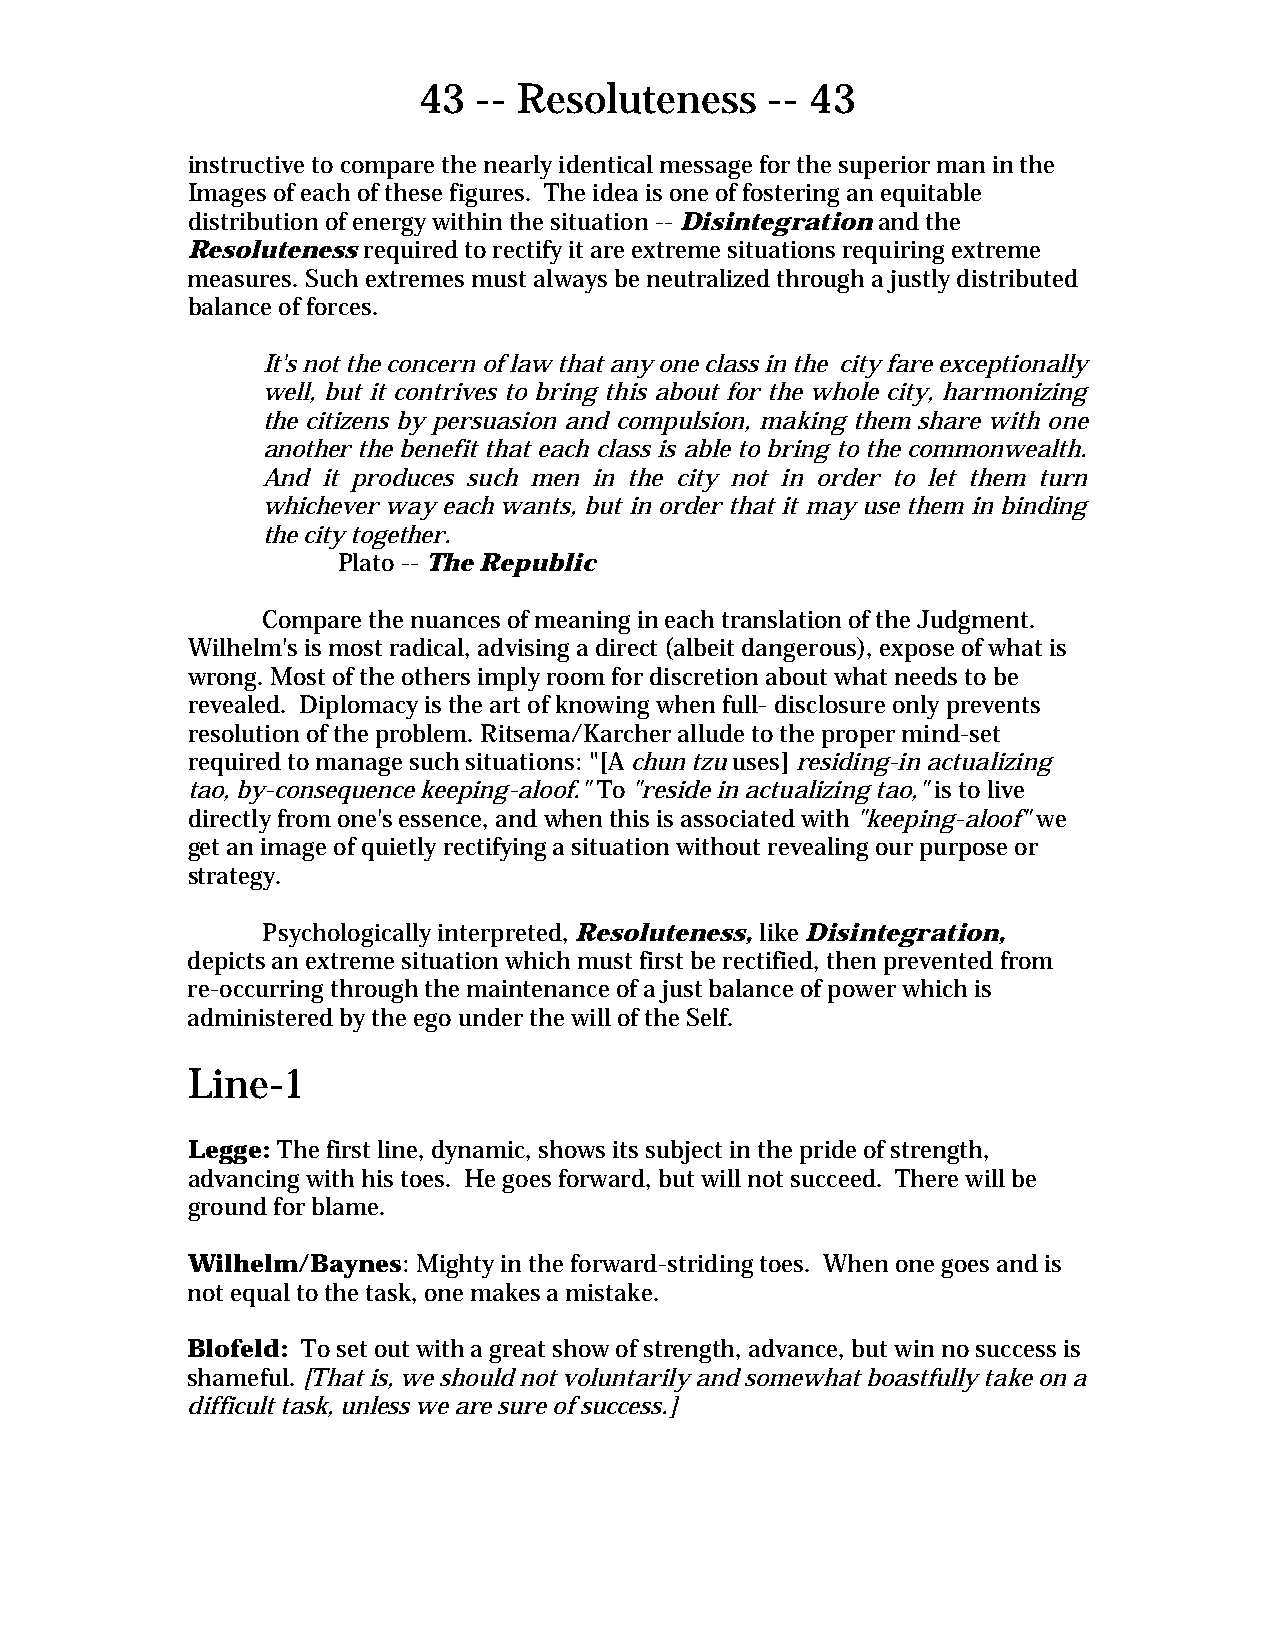
43  -- Resoluteness    -- 43
 instructive to compare the nearly identical message for the superior man in the
 Images of each of these figures. The idea is one of fostering an equitable
 distribution of energy within the situation -- Disintegration and the
 Resoluteness required to rectify it are extreme situations requiring extreme
 measures. Such extremes must always be neutralized through a justly distributed
 balance of forces.
 It's not the concern of law that any one class in the city fare exceptionally
 well, but it contrives to bring this about for the whole city, harmonizing
 the citizens by persuasion and compulsion, making them share with one
 another the benefit that each class is able to bring to the commonwealth.
 And it produces such men in the city not in order to let them turn
 whichever way each wants, but in order that it may use them in binding
 the city together.
 Plato -- The Republic
 Compare the nuances of meaning in each translation of the Judgment.
 Wilhelm's is most radical, advising a direct (albeit dangerous), expose of what is
 wrong. Most of the others imply room for discretion about what needs to be
 revealed. Diplomacy is the art of knowing when full- disclosure only prevents
 resolution of the problem. Ritsema/Karcher allude to the proper mind-set
 required to manage such situations: "[A chun tzu uses] residing-in actualizing
 tao, by-consequence keeping-aloof." To "reside in actualizing tao," is to live
 directly from one's essence, and when this is associated with "keeping-aloof" we
 get an image of quietly rectifying a situation without revealing our purpose or
 strategy.
 Psychologically interpreted, Resoluteness, like Disintegration,
 depicts an extreme situation which must first be rectified, then prevented from
 re-occurring through the maintenance of a just balance of power which is
 administered by the ego under the will of the Self.
 Line-1
 Legge: The first line, dynamic, shows its subject in the pride of strength,
 advancing with his toes. He goes forward, but will not succeed. There will be
 ground for blame.
 Wilhelm/Baynes: Mighty in the forward-striding toes. When one goes and is
 not equal to the task, one makes a mistake.
 Blofeld: To set out with a great show of strength, advance, but win no success is
 shameful. [That is, we should not voluntarily and somewhat boastfully take on a
 difficult task, unless we are sure of success.]